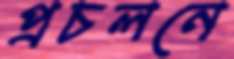
প্রচলনে